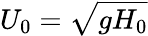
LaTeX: U_{0}=\sqrt{gH_{0}}